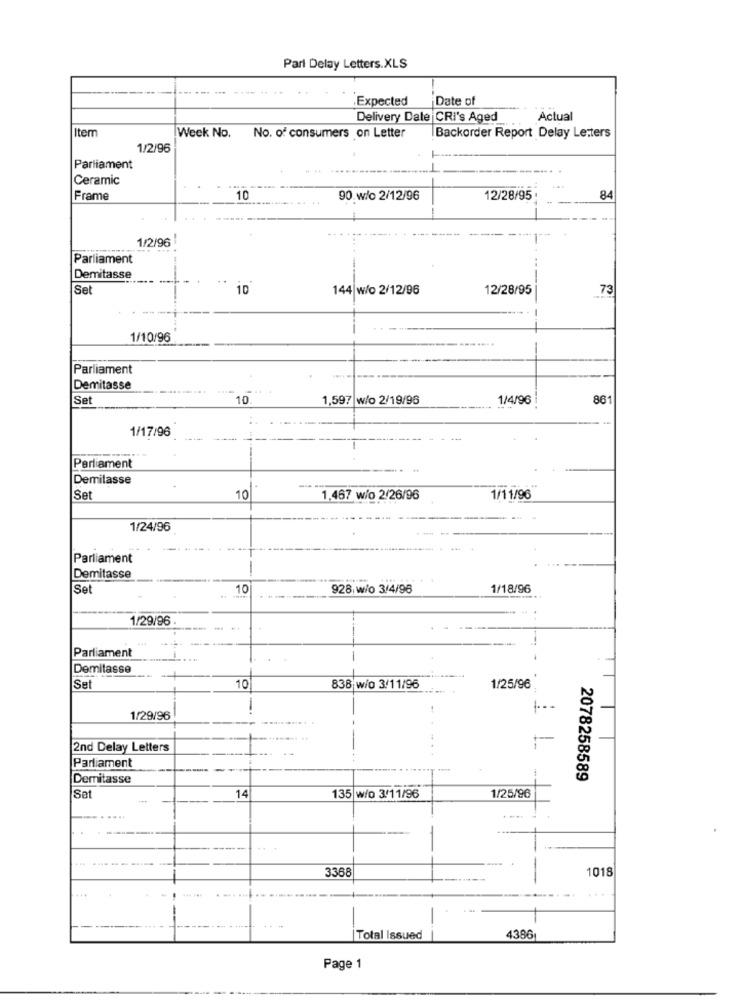
Parl Delay Letters.XLS
Expected
Date of
Delivery Date CRI's Aged
Actual
Item
Week No.
No. of consumers on Letter
Backorder Report Delay Letters
1/2/96
Parliament
Ceramic
Frame
10
90 w/o 2/12/96
12/28/95
84
1/2/96
Parliament
Demitasse
Se
10
144 w/o 2/12/96
12/28/95
73
-
1/10/96
Parliament
Demitasse
Set
10.
1,597 w/o 2/19/96
1/4/96
861
1/17/96
Perliament
Demilasse
Set
10
1.467 w/o 2/26/96
1/11/96
1/24/96
Parliament
Demitasse
Sel
10
928 w/o 3/4/96
1/18/96
1/29/96
Parliament
Demitasse
Set
10
838 w/o 3/11/96
1/25/96
-
1/29/96
2nd Delay Letters
Parliament
Demitasse
2078258589
Sat
14
135 w/o 3/11/96
1/25/96
3368
1018
-
Total Issued
4386
Page 1